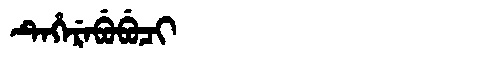
Manchu: ᡨᡝᡥᡝᡵᡝᠪᡠᠪᡠᠴᡳ
Romanization: TEHEREBUBUCI